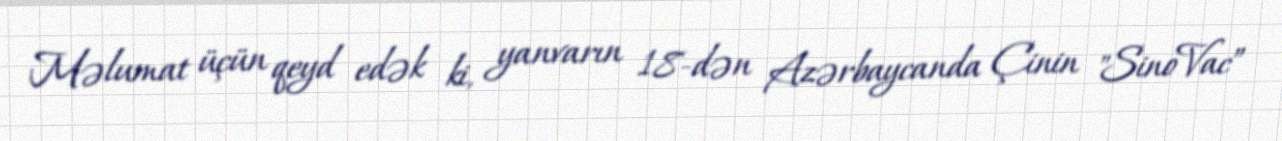
Məlumat üçün qeyd edək ki, yanvarın 18-dən Azərbaycanda Çinin "SinoVac”